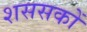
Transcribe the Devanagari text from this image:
शससकों